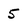
Character: 5